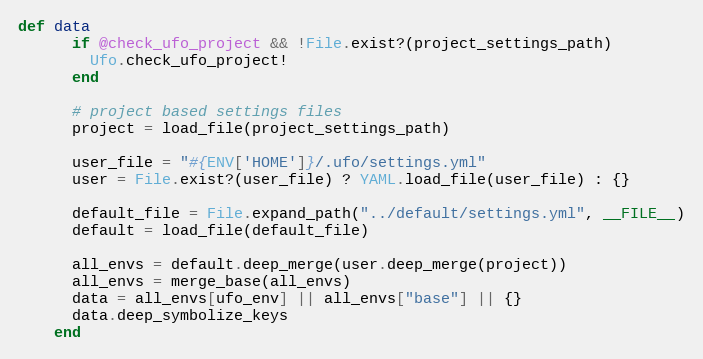
Language: Ruby
def data
      if @check_ufo_project && !File.exist?(project_settings_path)
        Ufo.check_ufo_project!
      end

      # project based settings files
      project = load_file(project_settings_path)

      user_file = "#{ENV['HOME']}/.ufo/settings.yml"
      user = File.exist?(user_file) ? YAML.load_file(user_file) : {}

      default_file = File.expand_path("../default/settings.yml", __FILE__)
      default = load_file(default_file)

      all_envs = default.deep_merge(user.deep_merge(project))
      all_envs = merge_base(all_envs)
      data = all_envs[ufo_env] || all_envs["base"] || {}
      data.deep_symbolize_keys
    end